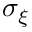
\sigma _ { \xi }